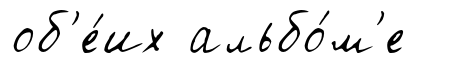
об'е́их альбо́м'е